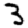
Digit: 3